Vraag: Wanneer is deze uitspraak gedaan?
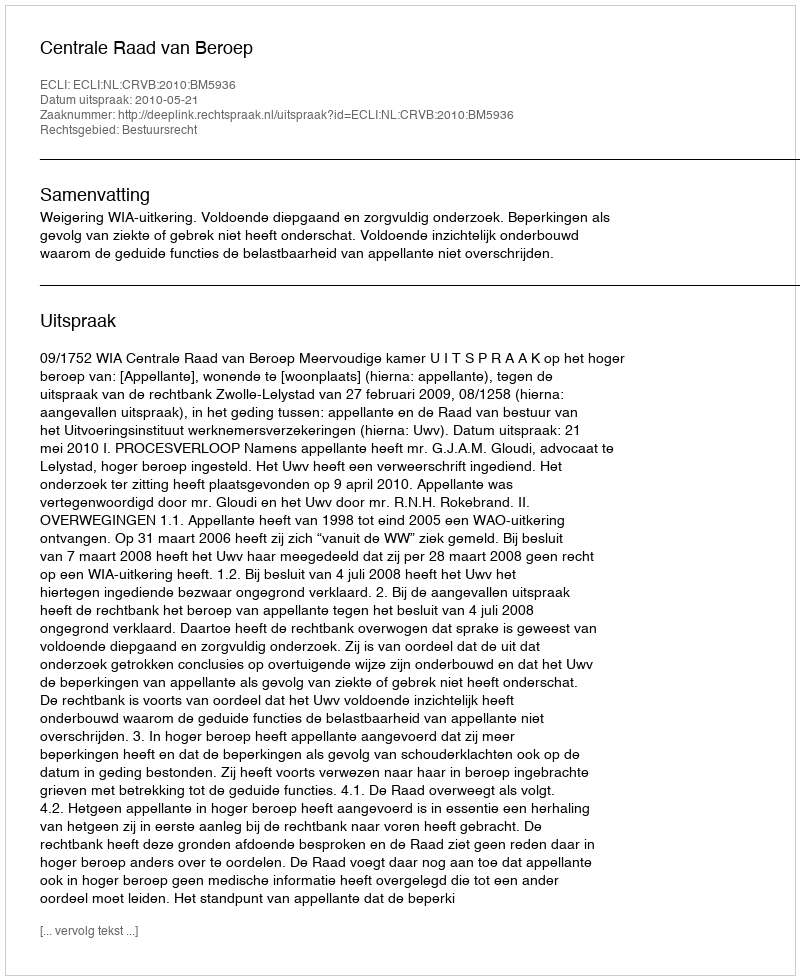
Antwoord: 2010-05-21